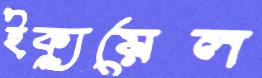
ইক্যুয়েল